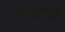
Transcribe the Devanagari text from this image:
मस्सोदों